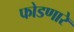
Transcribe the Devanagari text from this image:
फोडणारे